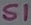
Text: S1